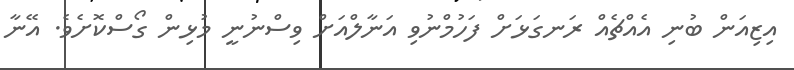
އިޒިއަން ބުނި އެއްޗެއް ރަނގަޅަށް ފަހުމްނުވި އަނާލްއަށް ވިސްނުނީ މުޅިން ގޯސްކޮށެވެ. އޭނާ